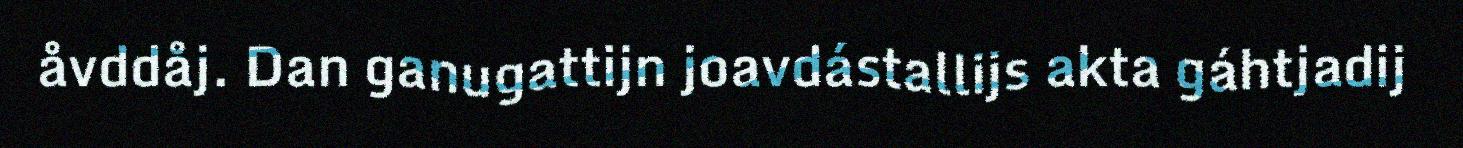
åvddåj. Dan ganugattijn joavdástallijs akta gáhtjadij